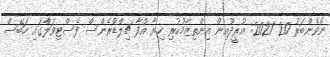
ނޮވެންބަރު 20 2021: އުރީދޫއިން އިންތިޒާމުކުރި ހިޔާ އުފާ ޗިލްޑްރެންސް ފެސްޓިވަލްާގައި ހަބޭސް